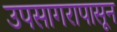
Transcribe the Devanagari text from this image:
उपसागरापासून